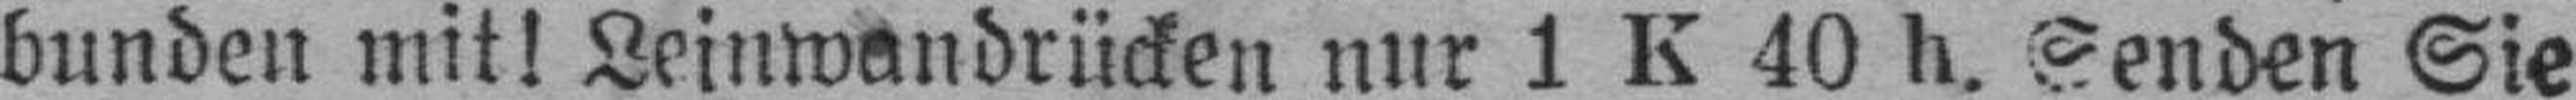
bunden mit! Leinwandrücken nur 1 K 40 h. Senden Sie